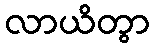
လာယိတွာ